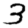
Digit: 3